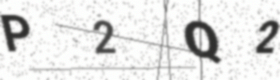
Text: P2Q2